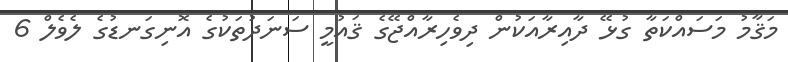
މަޤާމު މަސައްކަތާ ގުޅޭ ދާއިރާއަކުން ދިވެހިރާއްޖޭގެ ޤައުމީ ސަނަދުތަކުގެ އޮނިގަނޑުގެ ލެވެލް 6